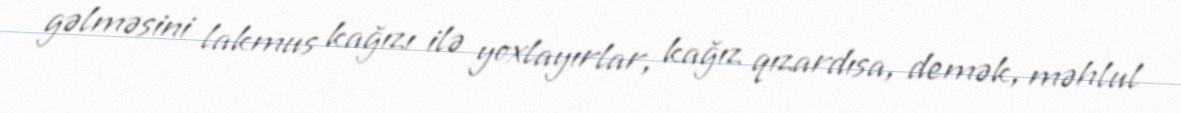
gəlməsini lakmus kağızı ilə yoxlayırlar, kağız qızardısa, demək, məhlul